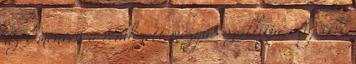
az x mentén a rendezett mozgás szállítja, míg erre